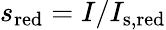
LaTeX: s_{\textnormal{red}}=I/I_{\textnormal{s,red}}